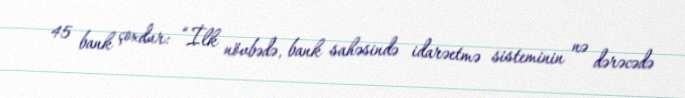
45 bank çoxdur: “İlk növbədə, bank sahəsində idarəetmə sisteminin nə dərəcədə